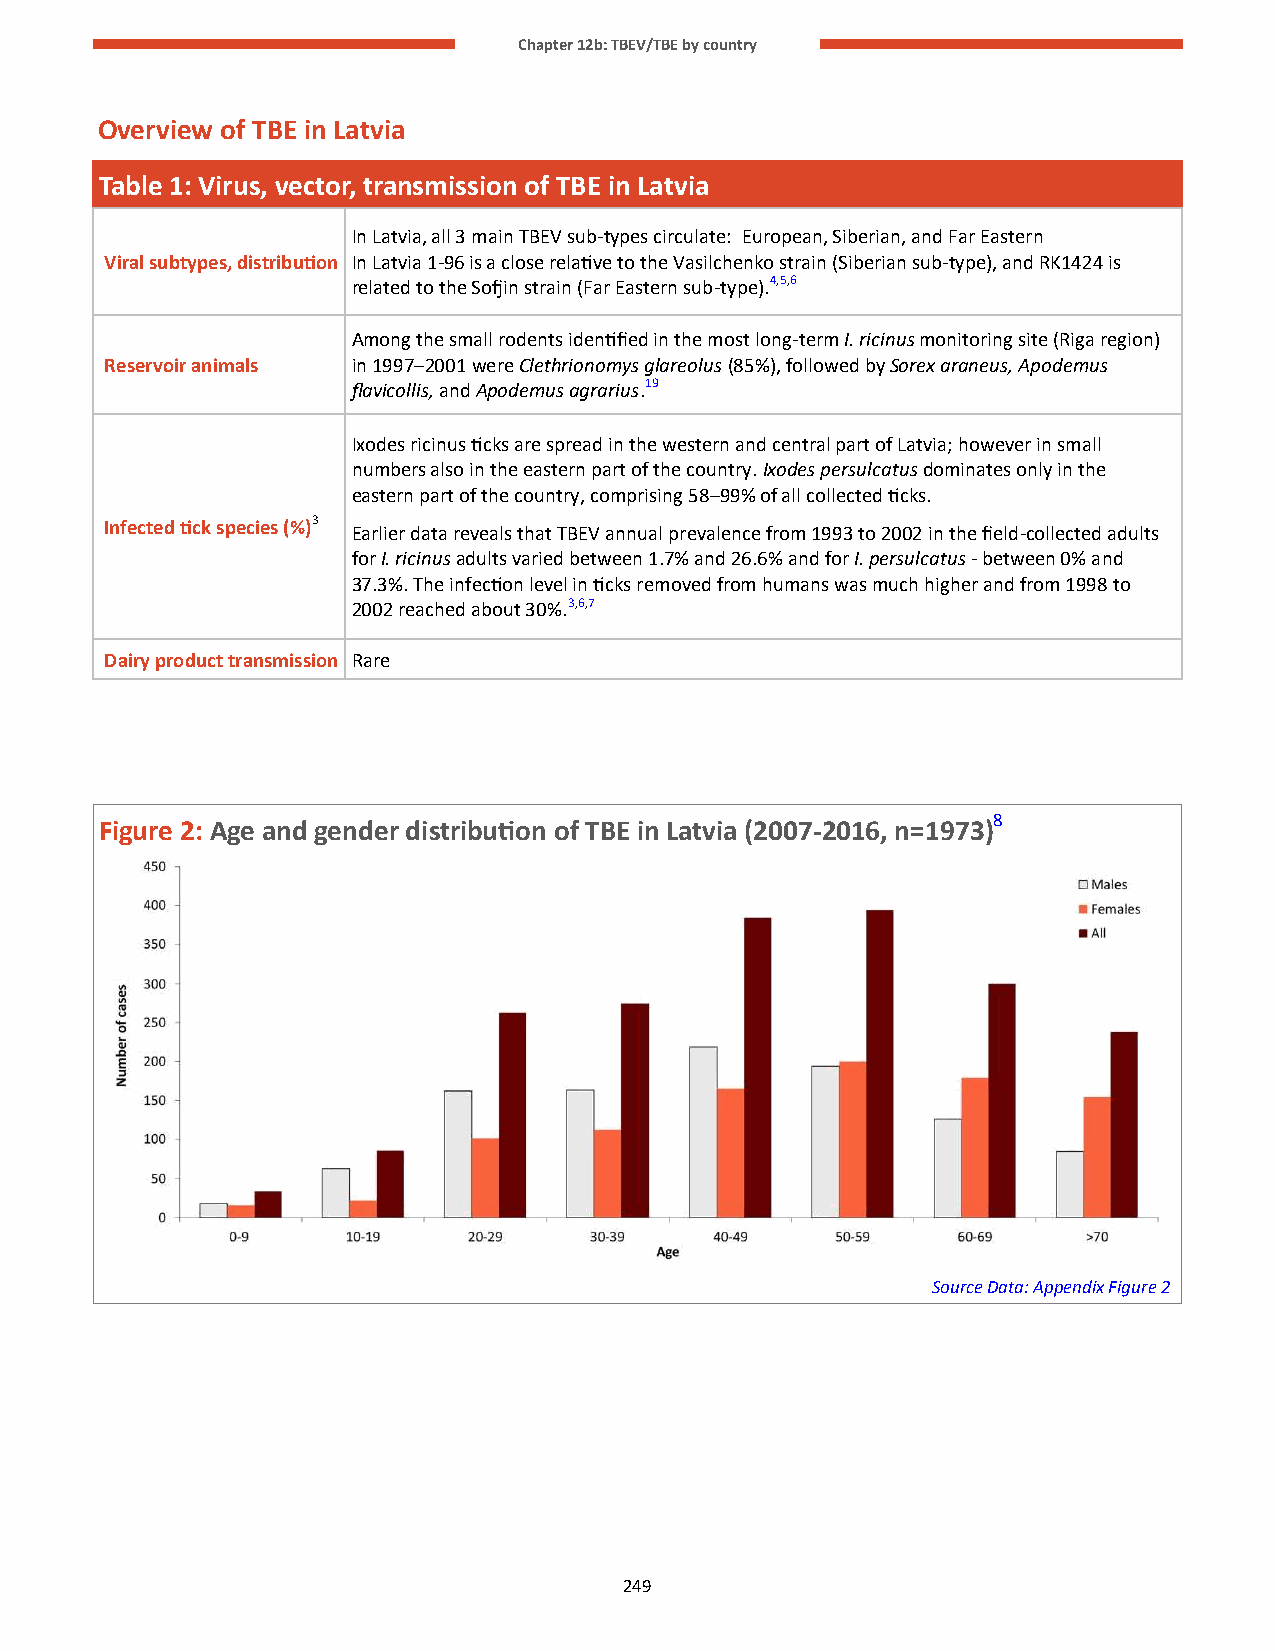
Chapter 12b: TBEV/TBE by country
 Overview of TBE in Latvia
 Table 1: Virus, vector, transmission of TBE in Latvia
 In Latvia, all 3 main TBEV sub-types circulate: European, Siberian, and Far Eastern
 Viral subtypes, distribution In Latvia 1-96 is a close relative to the Vasilchenko strain (Siberian sub-type), and RK1424 is
 related to the Sofjin strain (Far Eastern sub-type).4,5,6
 Among the small rodents identified in the most long-term I. ricinus monitoring site (Riga region)
 Reservoir animals in 1997–2001 were Clethrionomys glareolus (85%), followed by Sorex araneus, Apodemus
 flavicollis, and Apodemus agrarius.19
 Ixodes ricinus ticks are spread in the western and central part of Latvia; however in small
 numbers also in the eastern part of the country. Ixodes persulcatus dominates only in the
 eastern part of the country, comprising 58–99% of all collected ticks.
 Infected tick species (%)3
 Earlier data reveals that TBEV annual prevalence from 1993 to 2002 in the field-collected adults
 for I. ricinus adults varied between 1.7% and 26.6% and for I. persulcatus - between 0% and
 37.3%. The infection level in ticks removed from humans was much higher and from 1998 to
 2002 reached about 30%.3,6,7
 Dairy product transmission Rare
 Figure 2: Age and gender distribution of TBE in Latvia (2007-2016, n=1973)8
 Source Data: Appendix Figure 2
 249